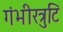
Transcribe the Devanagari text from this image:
गंभीरत्रुटि